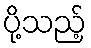
ပို့သည့်